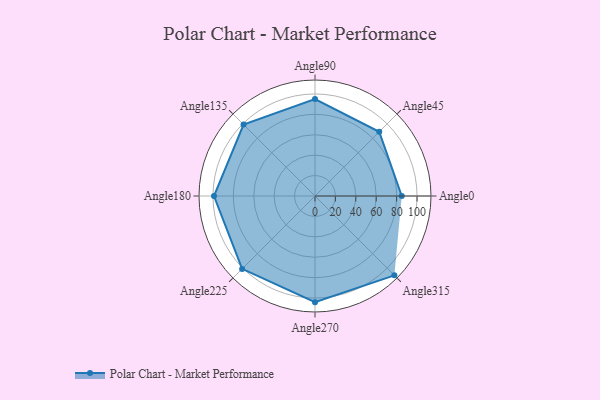
{"axis": {"x": "Angle", "y": "Radius"}, "legend": [""], "data": [{"x": "Angle0", "y": 85.0, "type": ""}, {"x": "Angle45", "y": 89.0, "type": ""}, {"x": "Angle90", "y": 95.0, "type": ""}, {"x": "Angle135", "y": 99.0, "type": ""}, {"x": "Angle180", "y": 99.0, "type": ""}, {"x": "Angle225", "y": 101.0, "type": ""}, {"x": "Angle270", "y": 104.0, "type": ""}, {"x": "Angle315", "y": 110.0, "type": ""}]}